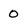
Character: 0